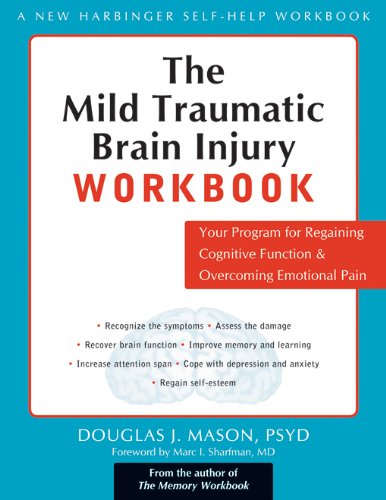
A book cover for The Mild Traumatic Brain Injury Workbook: Your Program for Regaining Cognitive Function and Overcoming Emotional Pain (New Harbinger Self-Help Workbook); Douglas J. Mason PsyD  LCSW; Health, Fitness & Dieting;